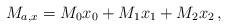
LaTeX: \begin{align*}M_{a,x} &= M_{0}x_{0} + M_{1}x_{1} + M_{2}x_{2}\,,\end{align*}